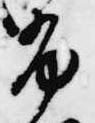
布